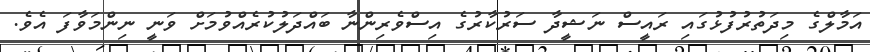
އަމާލްގެ މިދަތުރުފުޅުގައި ރައީސް ނަޝީދާ ސަރުކާރުގެ އިސްވެރިންނާ ބައްދަލުކުރެއްވުމަށް ވަނީ ނިންމަވާފަ އެވެ.